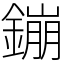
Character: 鏰